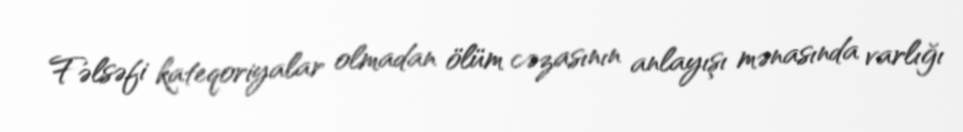
Fəlsəfi kateqoriyalar olmadan ölüm cəzasının anlayışı mənasında varlığı